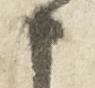
申